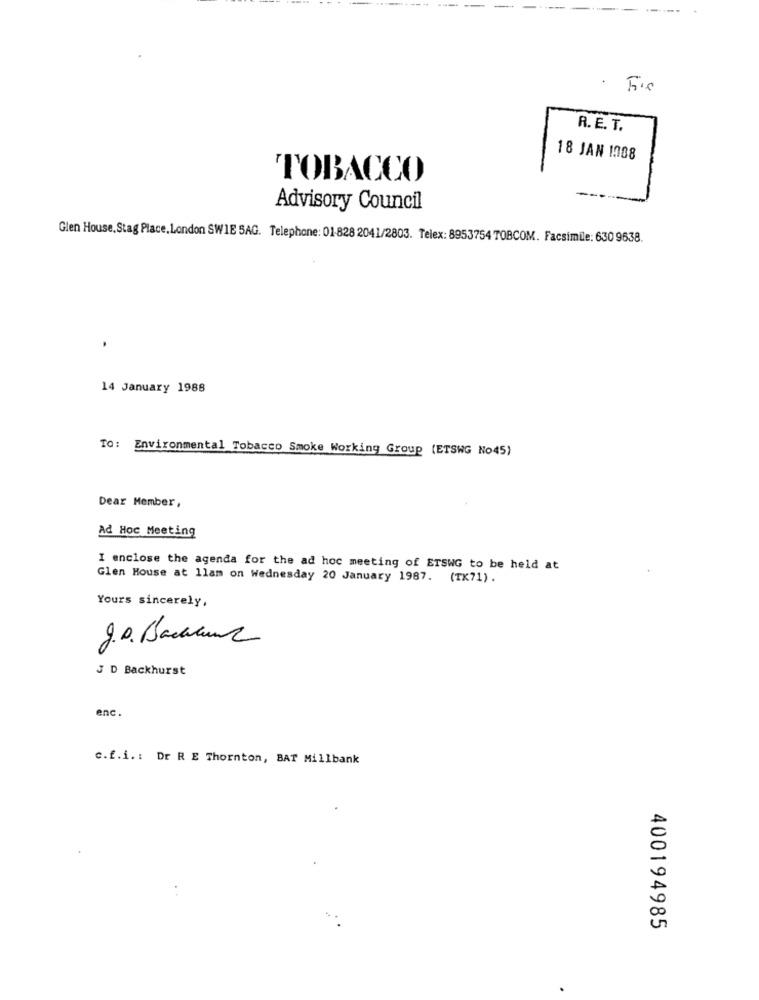
· Fis
R. E. T.
18 JAN 1088
TOBACCO
Advisory Council
Glen House, Stag Place, London SW1E SAG. Telephone: 01-828 2041/2803. Telex: 8953754 TOBCOM. Facsimile: 630 9638.
14 January 1988
TO: Environmental Tobacco Smoke Working Group (ETSWG No45)
Dear Member ,
Ad Hoc Meeting
I enclose the agenda for the ad hoc meeting of ETSWG to be held at
Glen House at llam on Wednesday 20 January 1987. (TK71) .
Yours sincerely,
g.o. Backaus
J D Backhurst
enc
c.f.i .: Dr R E Thornton, BAT Millbank
400194985